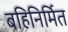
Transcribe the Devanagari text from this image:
बहिनिर्मित